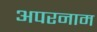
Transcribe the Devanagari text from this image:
अपरनाम